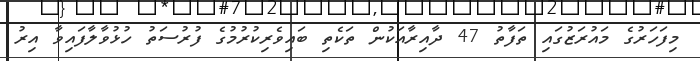
މިފަހަރުގެ މައުރަޒުގައި ތަފާތު 47 ދާއިރާއަކުން ތަކެތި ބައިވެރިކުރުމުގެ ފުރުސަތު ހުޅުވާލާފައިވާ އިރު